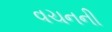
વચનની